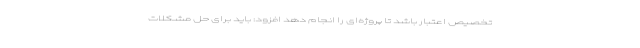
تخصیص اعتبار باشد تا پروژه‌ای را انجام دهد افزود: باید برای حل مشکلات